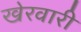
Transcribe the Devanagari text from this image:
खेरवारी